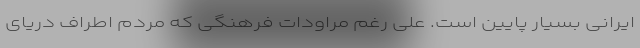
ایرانی بسیار پایین است. علی رغم مراودات فرهنگی که مردم اطراف دریای